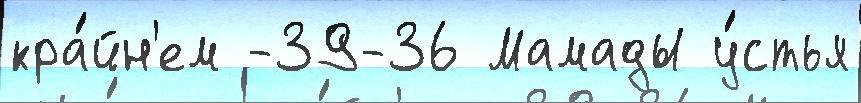
кра́йн'ем -39-36 Мамады у́стья